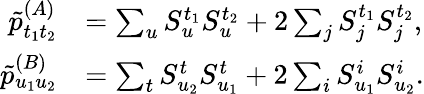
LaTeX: \begin{array}{rl}{\tilde{p}_{t_{1}t_{2}}^{(A)}}&{=\sum_{u}S_{u}^{t_{1}}S_{u}^{t_{2}}+2\sum_{j}S_{j}^{t_{1}}S_{j}^{t_{2}},}\\ {\tilde{p}_{u_{1}u_{2}}^{(B)}}&{=\sum_{t}S_{u_{2}}^{t}S_{u_{1}}^{t}+2\sum_{i}S_{u_{1}}^{i}S_{u_{2}}^{i}.}\end{array}